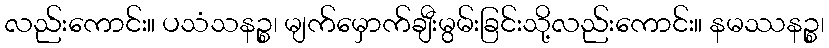
လည်းကောင်း။ ပသံသနဉ္စ၊ မျက်မှောက်ချီးမွမ်းခြင်းသို့လည်းကောင်း။ နမဿနဉ္စ၊